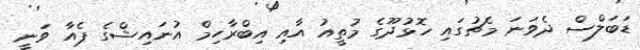
ޑަބަލްސް ދެވަނަ މެޗުގައި ހޮޅުދޫގެ މުތީއު އާއި އިބްރާހިމް އުނައިޝްގެ ޕެއާ ވަނީ